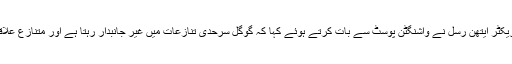
گوگل میپس کے پروجیکٹ مینجمنٹ کے ڈائریکٹر ایتھن رسل نے واشنگٹن پوسٹ سے بات کرتے ہوئے کہا کہ گوگل سرحدی تنازعات میں غیر جانبدار رہتا ہے اور متنازع علاقوں کو نقطوں کے ذریعے واضح کر دیتا ہے۔